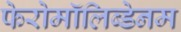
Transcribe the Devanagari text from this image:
फेरोमॉलिब्डेनम